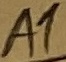
Text: A1